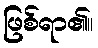
ဖြစ်ရာ၏။